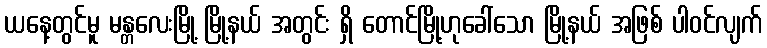
ယနေ့တွင်မူ မန္တလေးမြို့ မြို့နယ် အတွင်း ရှိ တောင်မြို့ဟုခေါ်သော မြို့နယ် အဖြစ် ပါဝင်လျက်